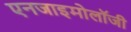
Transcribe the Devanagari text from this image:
एनजाइमोलॉजी